Lunatic asylums Madras 1877-1891 - 1877-1891
Year: 1877
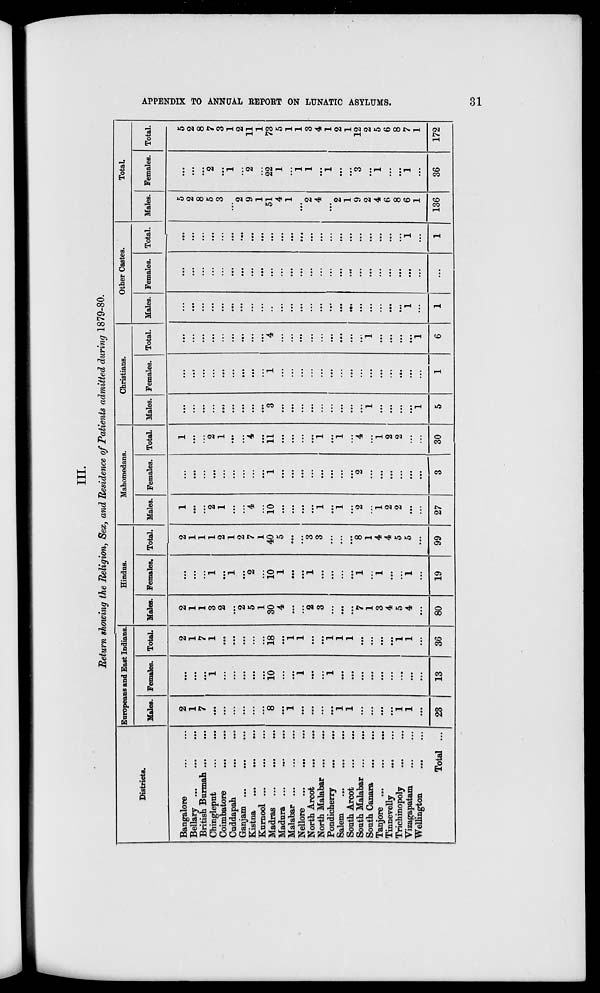
APPENDIX TO ANNUAL REPORT ON LUNATIC ASYLUMS.
31
III.
Return showing the Religion, Sex, and Residence of Patients admitted during 1879-80.
Districts.
Bangalore ... ...
Bellary
...
...
...
British Burmah ... ...
Chingleput
...
...
Coimbatore
...
...
Cuddapah
...
...
Ganjam ... ... ...
Kistna
...
...
...
Kurnool ... ... ...
Madras
...
...
...
Madura
...
...
...
Malabar ... ... ...
Nellore ... ... ...
North Arcot
...
...
North Malabar ... ...
Pondicherry
...
...
Salem ... ... ...
South Arcot
...
...
South Malabar
South Canara
...
...
Tanjore
...
...
...
Tinnevelly
...
...
Trichinopoly ... ...
Vizagapatam ... ...
Wellington
...
...
Total ...
Europeans and East Indians.
Males.
2
1
7
...
...
...
...
...
...
8
...
1
...
...
...
...
1
1
...
...
...
...
1
1
...
23
Females.
...
...
...
l
...
...
...
...
...
10
...
...
1
...
...
1
...
...
...
...
...
...
...
...
...
13
Total.
2
1
7
1
...
...
...
...
...
18
...
1
1
...
...
1
1
1
...
...
...
...
1
1
...
36
Hindus.
Males.
2
1
1
3
2
...
2
5
1
30
4
...
...
2
3
...
...
...
7
1
3
4
5
4
...
80
Females.
...
...
...
1
...
1
...
2
...
10
1
...
...
1
...
...
...
...
1
...
1
...
...
1
...
19
Total.
2
1
1
1
2
1
2
7
1
40
5
...
...
3
3
...
...
...
8
1
4
4
5
5
...
99
Mahomedans.
Males.
1
...
...
2
1
...
...
4
...
10
...
...
...
...
1
...
1
...
2
...
1
2
2
...
...
27
Females.
...
...
...
...
...
...
...
...
...
1
...
...
...
...
...
...
...
...
2
...
...
...
...
...
...
3
Total.
1
...
...
2
1
...
...
4
...
11
...
...
...
...
1
...
1
...
4
...
1
2
2
...
...
30
Christians.
Males.
...
...
...
...
...
...
...
...
...
3
...
...
...
...
...
...
...
...
...
1
...
...
...
...
1
5
Females.
...
...
...
...
...
...
...
...
...
1
...
...
...
...
...
...
...
...
...
...
...
...
...
...
...
1
Total.
...
...
...
...
...
...
...
...
...
4
...
...
...
...
...
...
...
...
...
1
...
...
...
...
1
6
Other Castes.
Males.
...
...
...
...
...
...
...
...
...
...
...
...
...
...
...
...
...
...
...
...
...
...
...
1
...
1
Females.
...
...
...
...
...
...
...
...
...
...
...
...
...
...
...
...
...
...
...
...
...
...
...
...
...
...
Total.
...
....
...
...
...
...
...
...
...
...
...
...
...
...
...
...
...
...
...
...
...
...
...
1
...
1
Total.
Males.
5
2
8
5
3
...
2
9
1
51
4
1
...
2
4
...
2
1
9
2
4
6
8
6
1
136
Females.
...
...
...
2
...
1
...
2
...
22
1
...
1
1
...
1
...
...
3
...
1
...
...
1
...
36
Total.
5
2
8
7
3
1
2
11
1
73
5
1
1
3
4
1
2
1
12
2
5
6
8
7
1
172